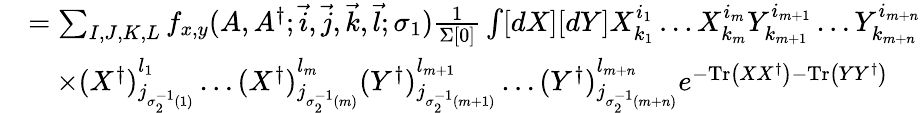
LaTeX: \begin{array}{rl}{}&{=\sum_{I,J,K,L}f_{x,y}(A,A^{\dagger};\vec{i},\vec{j},\vec{k},\vec{l};\sigma_{1})\frac{1}{\Sigma[0]}\int[dX][dY]X_{k_{1}}^{i_{1}}\dots X_{k_{m}}^{i_{m}}Y_{k_{m+1}}^{i_{m+1}}\dots Y_{k_{m+n}}^{i_{m+n}}}\\ {}&{\quad\times(X^{\dagger})_{j_{\sigma_{2}^{-1}(1)}}^{l_{1}}\dots(X^{\dagger})_{j_{\sigma_{2}^{-1}(m)}}^{l_{m}}(Y^{\dagger})_{j_{\sigma_{2}^{-1}(m+1)}}^{l_{m+1}}\dots(Y^{\dagger})_{j_{\sigma_{2}^{-1}(m+n)}}^{l_{m+n}}e^{-\mathrm{Tr}\left(XX^{\dagger}\right)-\mathrm{Tr}\left(YY^{\dagger}\right)}}\end{array}